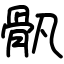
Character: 骪